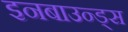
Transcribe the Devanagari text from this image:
इनबाउन्ड्स